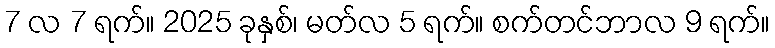
7 လ 7 ရက်။ 2025 ခုနှစ်၊ မတ်လ 5 ရက်။ စက်တင်ဘာလ 9 ရက်။